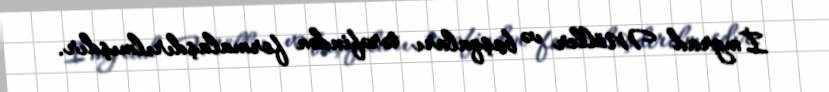
İmgrad Möller və başqaları tərəfindən formalaşdırılmışdır.